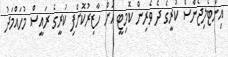
އިންޓެލިޖެންސް ކުރީގެ ދެ ވެރިން ކޮމިޓީ އަށް ހާޒިރުކޮށްފި ކުރީގެ ރައީސް މުހައްމަދު